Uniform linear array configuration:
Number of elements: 48
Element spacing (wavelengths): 0.5
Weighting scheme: hann
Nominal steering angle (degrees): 15
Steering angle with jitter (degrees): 13.221
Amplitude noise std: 0.05
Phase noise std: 0.05

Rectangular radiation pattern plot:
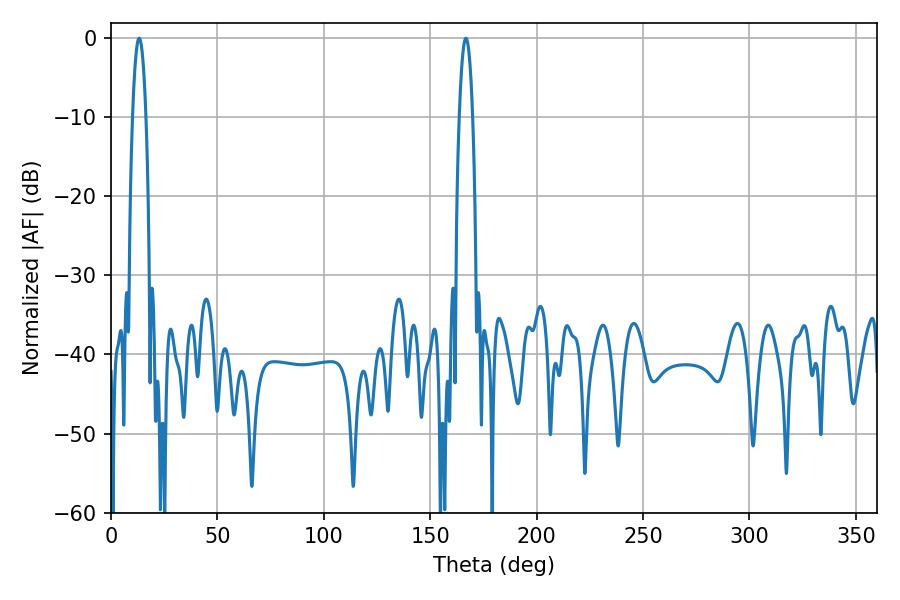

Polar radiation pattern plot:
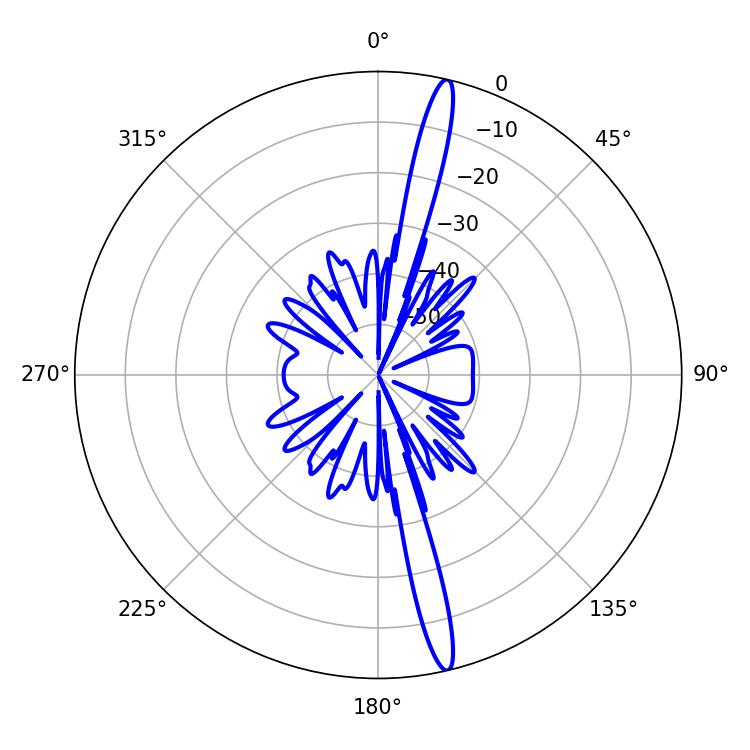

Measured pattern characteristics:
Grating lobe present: FALSE
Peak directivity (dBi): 18.218
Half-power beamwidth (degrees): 3.42
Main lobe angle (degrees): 13.14